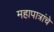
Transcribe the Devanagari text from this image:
महापात्रांचे